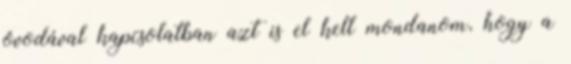
óvodával kapcsolatban azt is el kell mondanom, hogy a